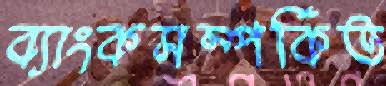
ব্যাংকসম্পর্কিত